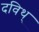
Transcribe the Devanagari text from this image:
दविथ्